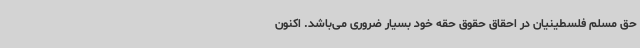
حق مسلم فلسطینیان در احقاق حقوق حقه خود بسیار ضروری می‌باشد. اکنون